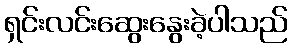
ရှင်းလင်းဆွေးနွေးခဲ့ပါသည်